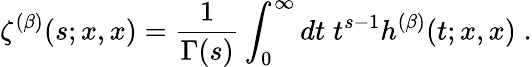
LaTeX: \zeta^{(\beta)}(s;x,x)=\frac{1}{\Gamma(s)}\int_{0}^{\infty}dt\; t^{s-1}h^{(\beta)}(t;x,x)\; .